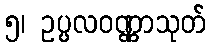
၅၊ ဥပ္ပလဝဏ္ဏာသုတ်